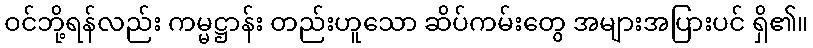
ဝင်ဘို့ရန်လည်း ကမ္မဋ္ဌာန်း တည်းဟူသော ဆိပ်ကမ်းတွေ အများအပြားပင် ရှိ၏။